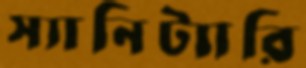
স্যানিট্যারি